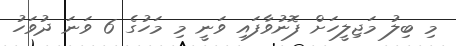
މި ބިލު މަޖިލީހަށް ފޮނުވާފައި ވަނީ މި މަހުގެ 6 ވަނަ ދުވަހު